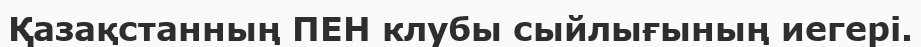
Қазақстанның ПЕН клубы сыйлығының иегері.